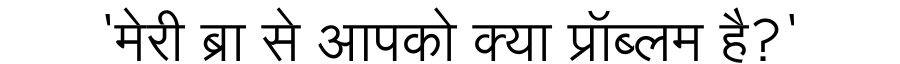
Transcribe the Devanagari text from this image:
'मेरी ब्रा से आपको क्या प्रॉब्लम है?'